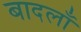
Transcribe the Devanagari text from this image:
बादलाँ